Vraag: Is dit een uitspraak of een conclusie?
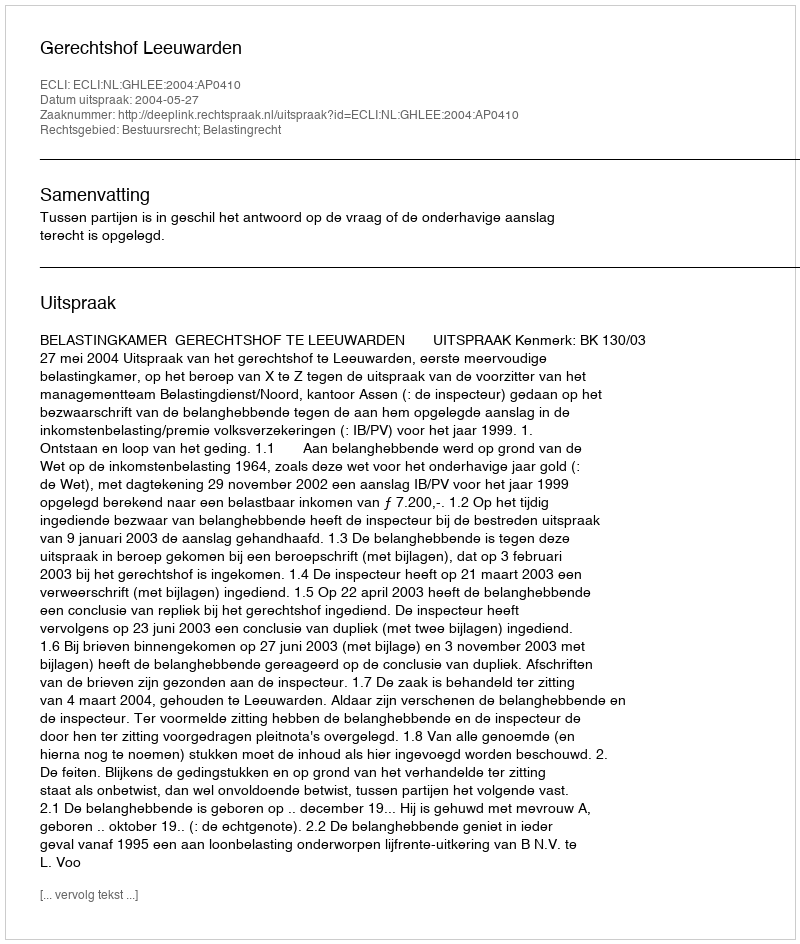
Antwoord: Uitspraak